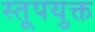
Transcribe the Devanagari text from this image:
स्तूपयुक्त